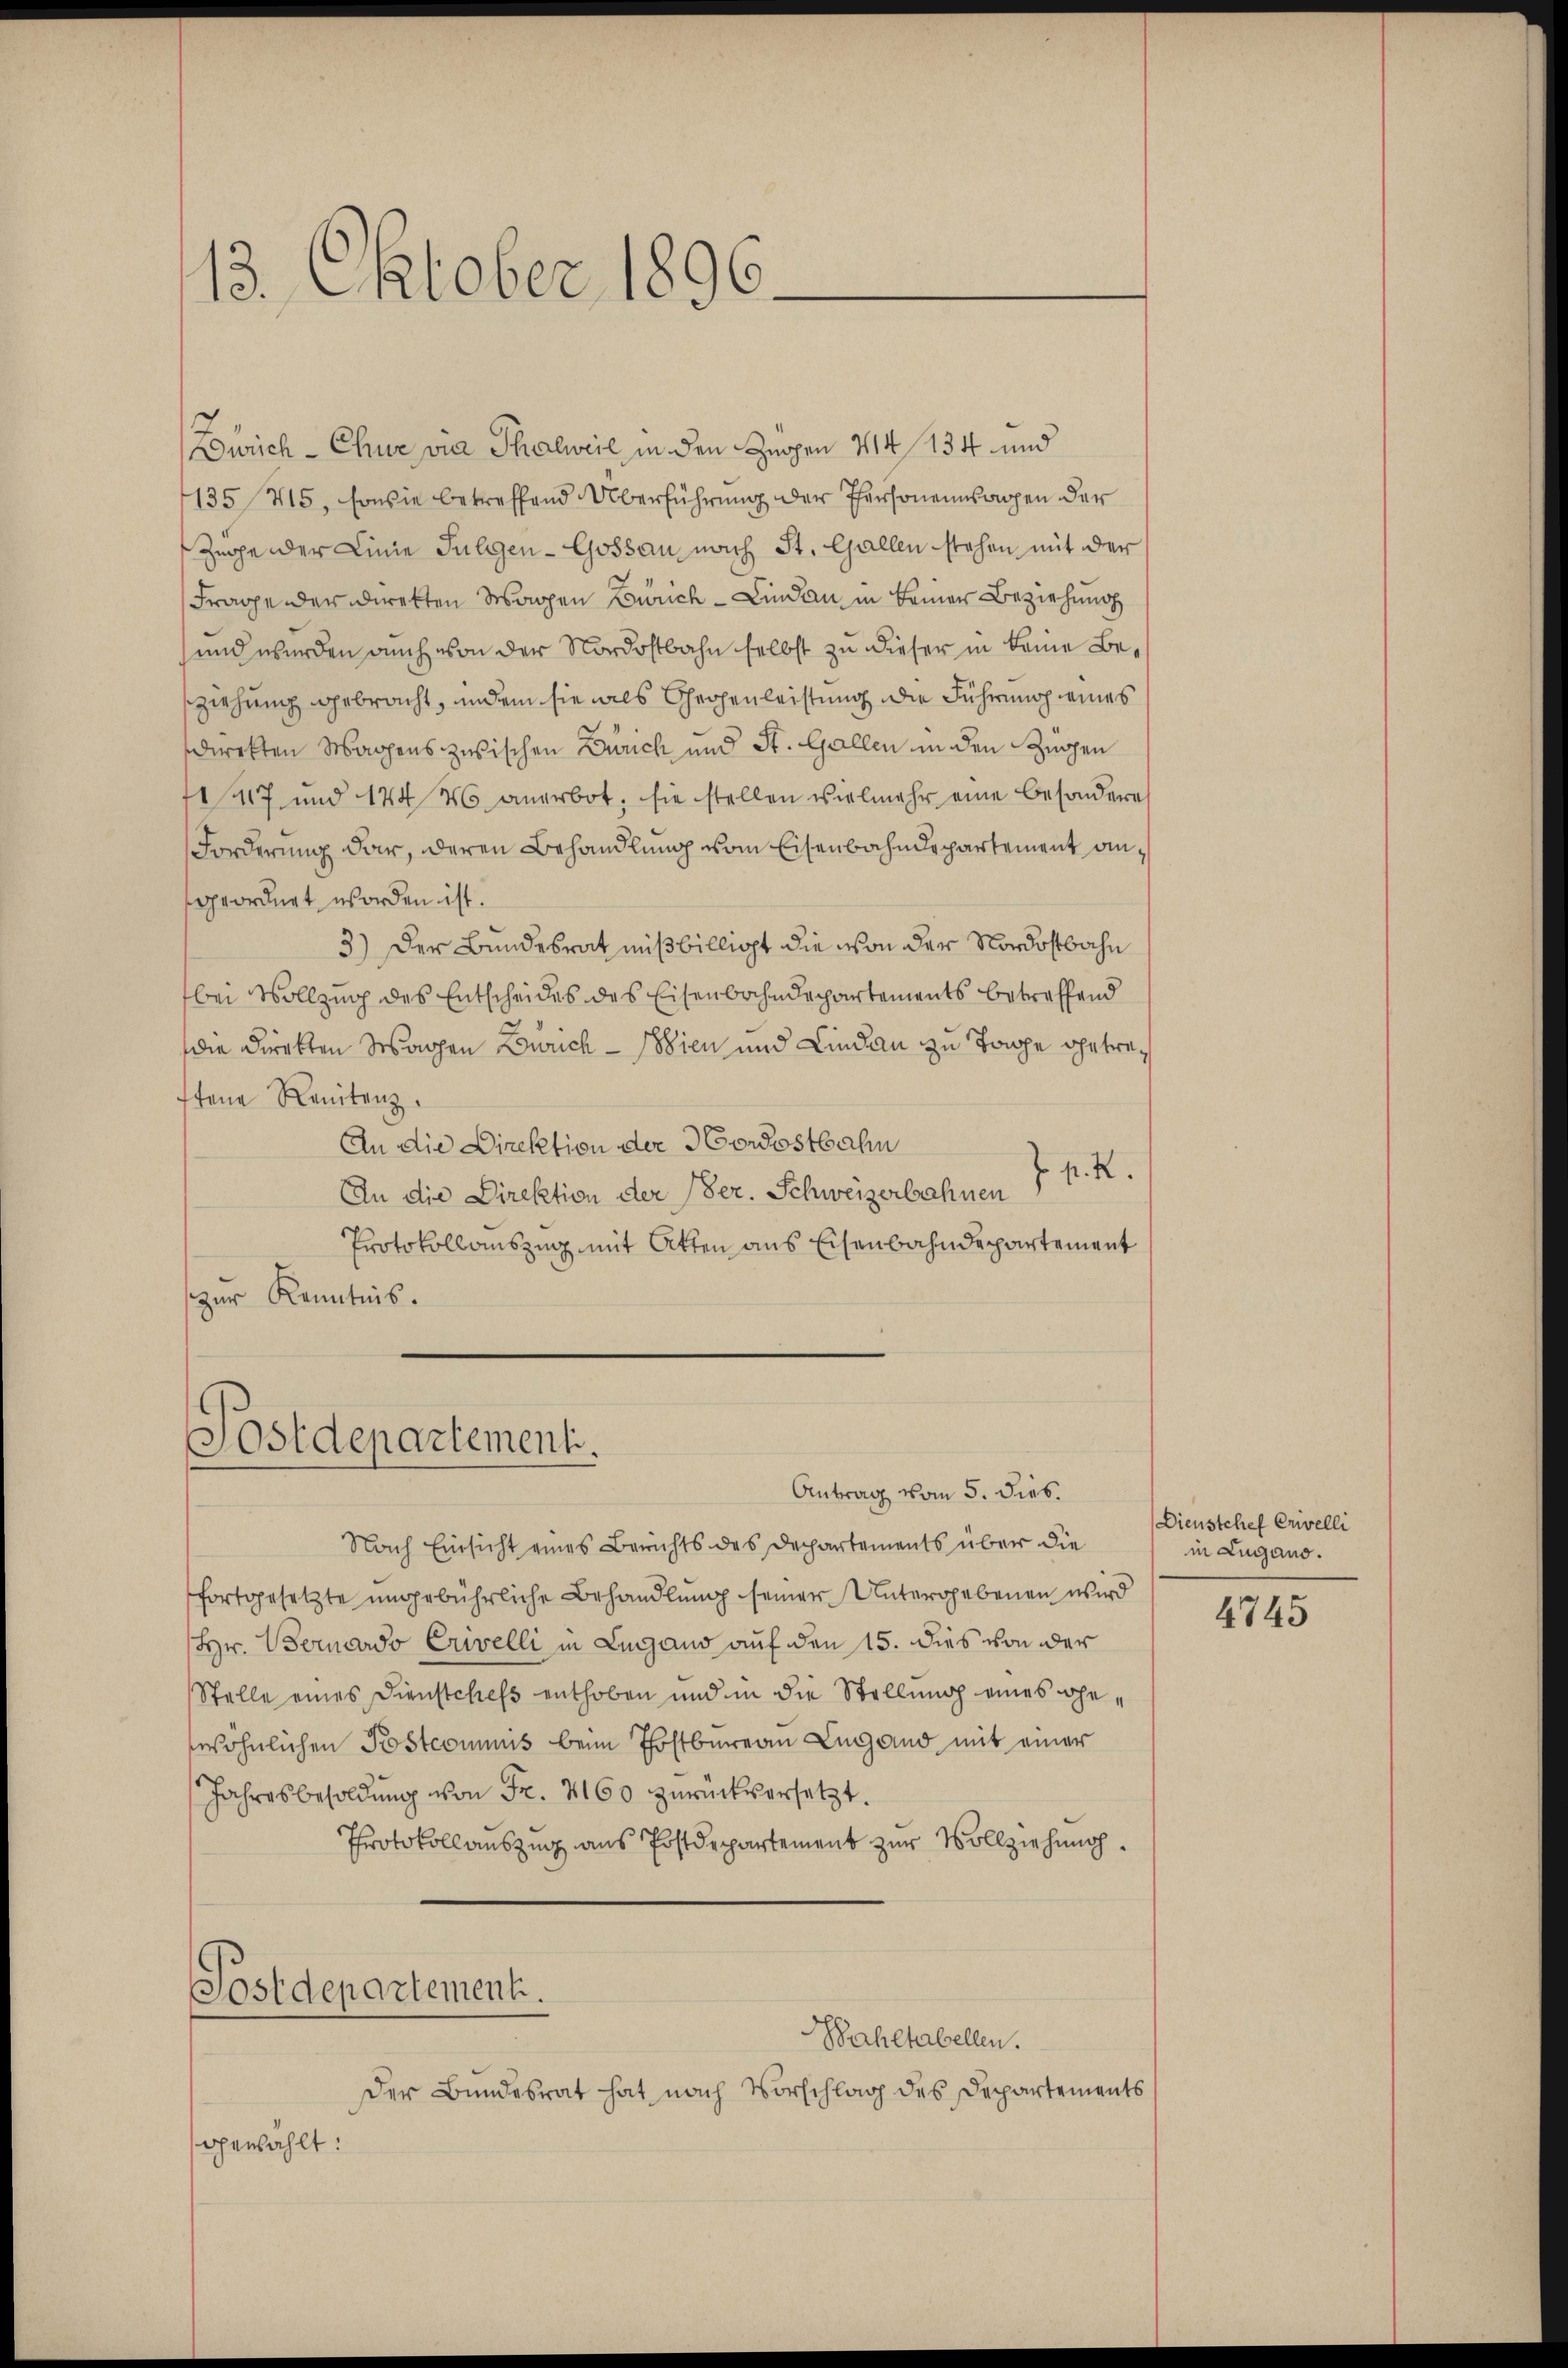
13. Oktober 1896.

Zürich - Chur vier Thalweil in den Zugen 114 134 und
135 415, sowie betreffend Überführung der Personensachen der
Zuge der Linie Julgen-Gossau nach St. Gallen stehen mit der
Frage der Direkten Wagen Zürich - Lindau in keiner Beziehung
und wurden auch von der Nordostbahn selbst zu dieser in keine Besziehung gebracht, indem sie als Geohenleistung die Führung eines
direkten Wagens zwischen Zürich und St. Gallen in den Zügen
1417 und 124 M. anerbot, sie stellen vielmehr eine besonderes
Forderung dar, deren Behandlung vom Eisenbahndepartement angeordnet worden ist.
3) Der Bundesrat mißbilligt die von der Nordostbahn
bei Vollzug des Entscheides des Eisenbahndepartements betreffend
die Direkten Wagen Zürich - Wien und Lindau zu Tage getreffene Renitenz.
An die Direktion der Nordostbahn
J. P. R.
An die Direktion der Ver. Schweizerbahnen
Protokollauszug mit Atten aus Eisenbahndepartement
zur Kenntnis.

Postdepartementi.

Nach Einsicht eines Berichts des Departements über die
fortgesetzte ungebührliche Behandlung seiner Untergebenen wird
Hr. Bernardo Erivelli in Lugano auf den 15. dies von der
Stelle eines Dienstchefs enthoben und in die Stellung eines gewöhnlichen Postcommus beim Thostbureau Lugand mit einer
Jahresbesoldung von Fr. 2160 zurückversetzt.
Protokollauszug aus Postdepartement zur Vollziehung
Postdepartement.
Bahltabellen.
Der Bundesrat hat nach Vorschlag des Departements
gewählt:

Antrag vom 5. dies.

Dienstchef Crivelli
in Lugano.

4745